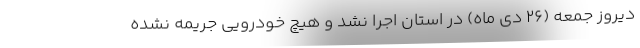
دیروز جمعه (۲۶ دی ماه) در استان اجرا نشد و هیچ خودرویی جریمه نشده